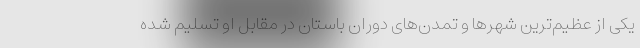
یکی از عظیم‌ترین شهرها و تمدن‌های دوران باستان در مقابل او تسلیم شده